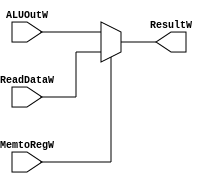
`timescale 100fs/100fs

module Choose3(
    ALUOutW,
    ReadDataW,
    MemtoRegW,
    ResultW
);

input MemtoRegW;
input [31:0] ALUOutW,ReadDataW;
output reg[31:0] ResultW;
initial begin
    ResultW = 0;
end

always @(*) begin
    if (MemtoRegW == 1)
        ResultW = ReadDataW;
    else
        ResultW = ALUOutW;
end

endmodule // Choose3